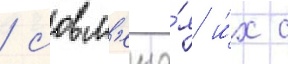
/ совм'еща́я и́х с